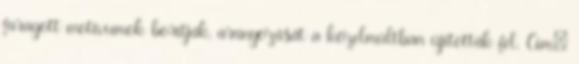
faragott motívumok borítják, aranyozását a közelmúltban újították fel. Cím: